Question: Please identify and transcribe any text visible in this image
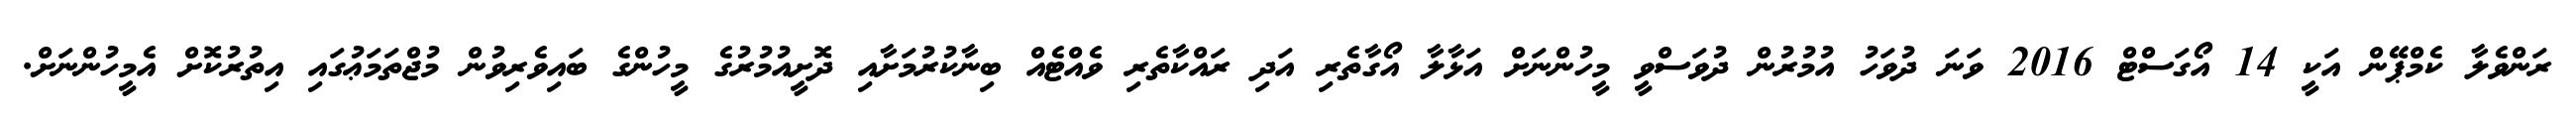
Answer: ރަންވެލާ ކެމްޕޭން އަކީ 14 އޯގަސްޓް 2016 ވަނަ ދުވަހު އުމުރުން ދުވަސްވީ މީހުންނަށް އަޅާލާ އޯގާތެރި އަދި ރައްކާތެރި ވެއްޓެއް ބިނާކުރުމަށާއި ދޮށީއުމުރުގެ މީހުންގެ ބައިވެރިވުން މުޖްތަމަޢުގައި އިތުރުކޮށް އެމީހުންނަށް.